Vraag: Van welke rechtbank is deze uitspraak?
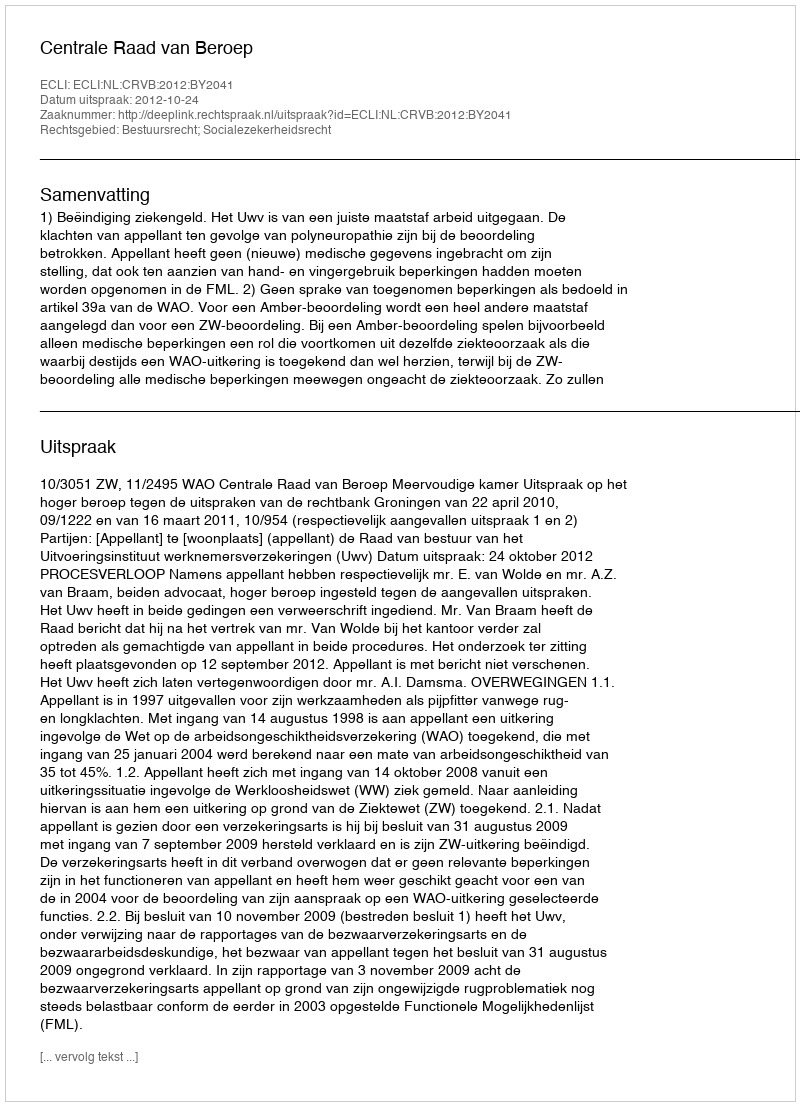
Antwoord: Centrale Raad van Beroep